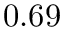
0 . 6 9